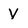
Character: V